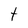
Character: t